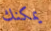
يمكنك